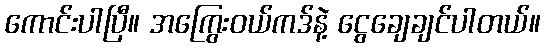
ကောင်းပါပြီ။ အကြွေးဝယ်ကဒ်နဲ့ ငွေချေချင်ပါတယ်။